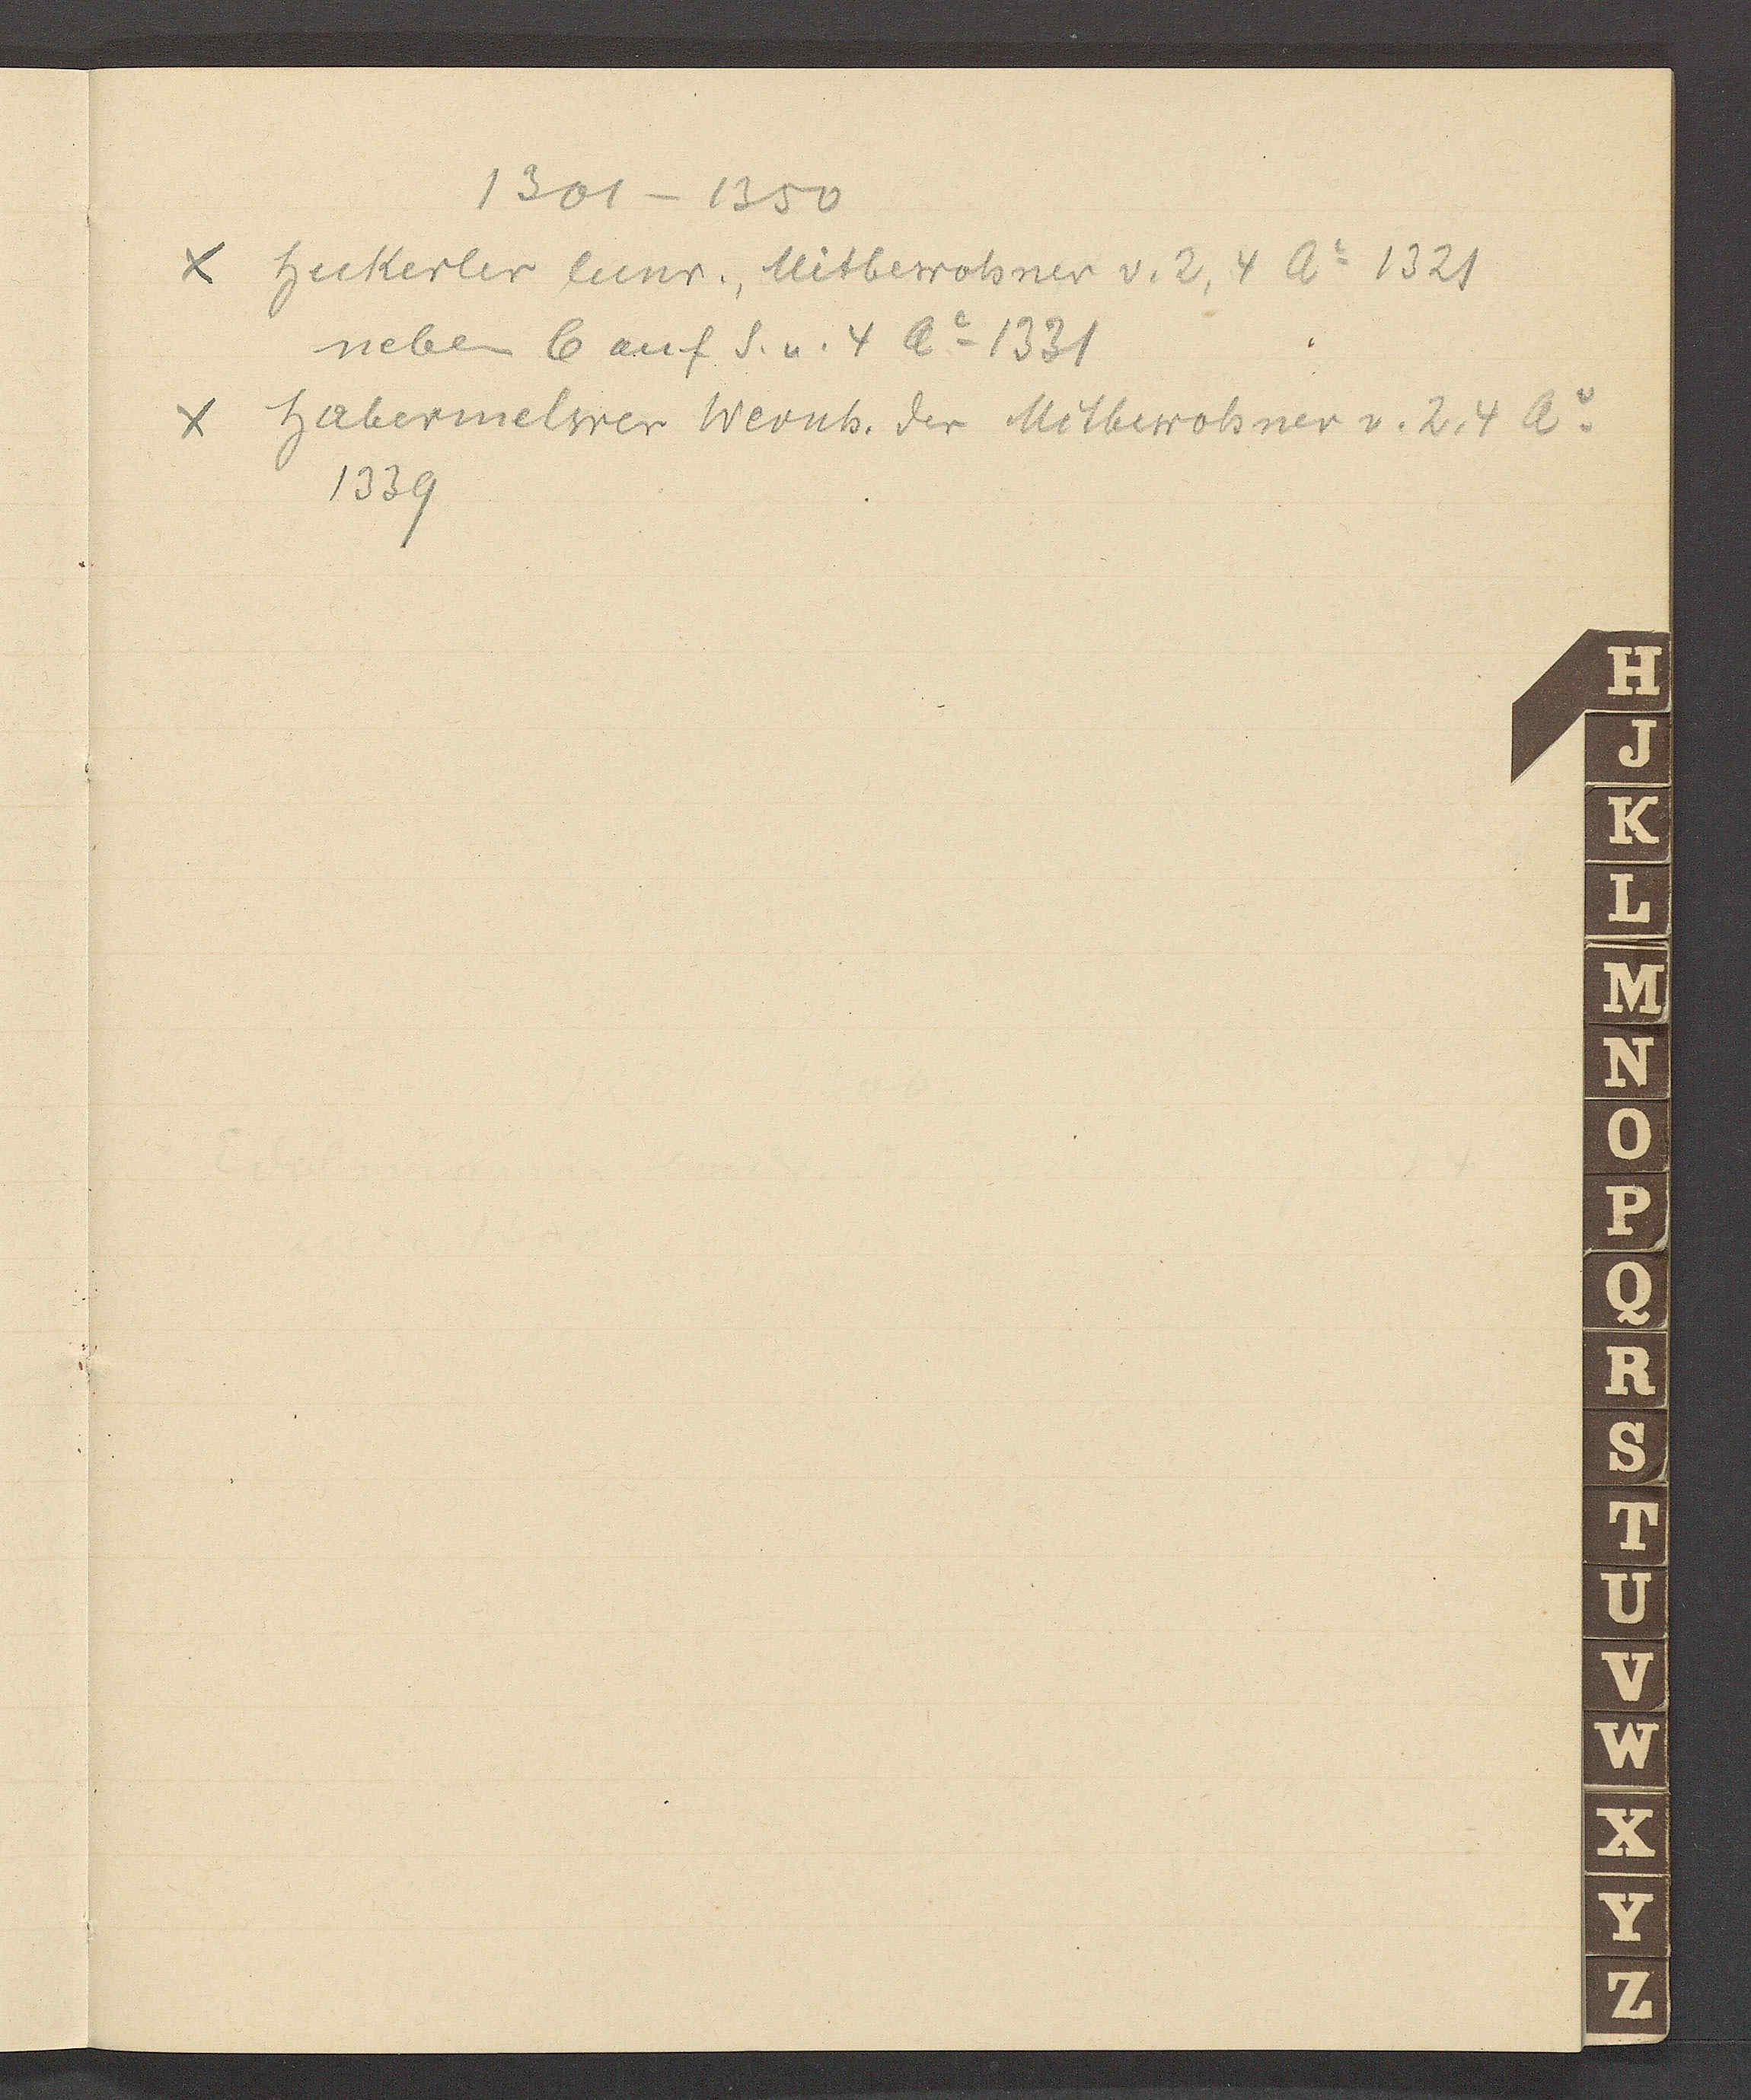
Transcript:
1301 – 1350
Hukerler Cunr., Mitbewohner v. 2,4 Ao 1321
neben 6 auf S. v. 4 Ao 1321
Habermelwer Wernh. der Mitbewohner v. 2,4 Ao
1339